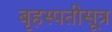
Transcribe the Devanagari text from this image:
बृहस्पतीसूत्र